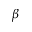
\beta